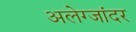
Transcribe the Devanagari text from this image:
अलेग्जांदर